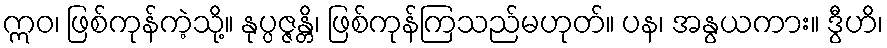
ဣဝ၊ ဖြစ်ကုန်ကဲ့သို့။ နုပ္ပဇ္ဇန္တိ၊ ဖြစ်ကုန်ကြသည်မဟုတ်။ ပန၊ အနွယကား။ ဒွီဟိ၊